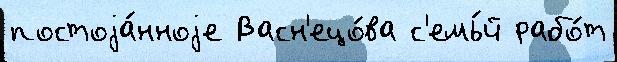
постоjа́нноjе Васн'ецо́ва с'емь́й рабо́т